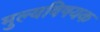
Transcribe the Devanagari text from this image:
मुल्यविषयक